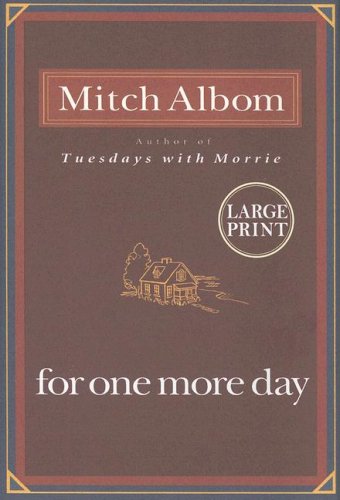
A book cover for For One More Day Large Print Edition; Mitch Albom; Literature & Fiction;